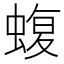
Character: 蝮